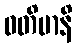
ဝတိမာနိ